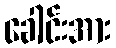
ခေါင်းအား